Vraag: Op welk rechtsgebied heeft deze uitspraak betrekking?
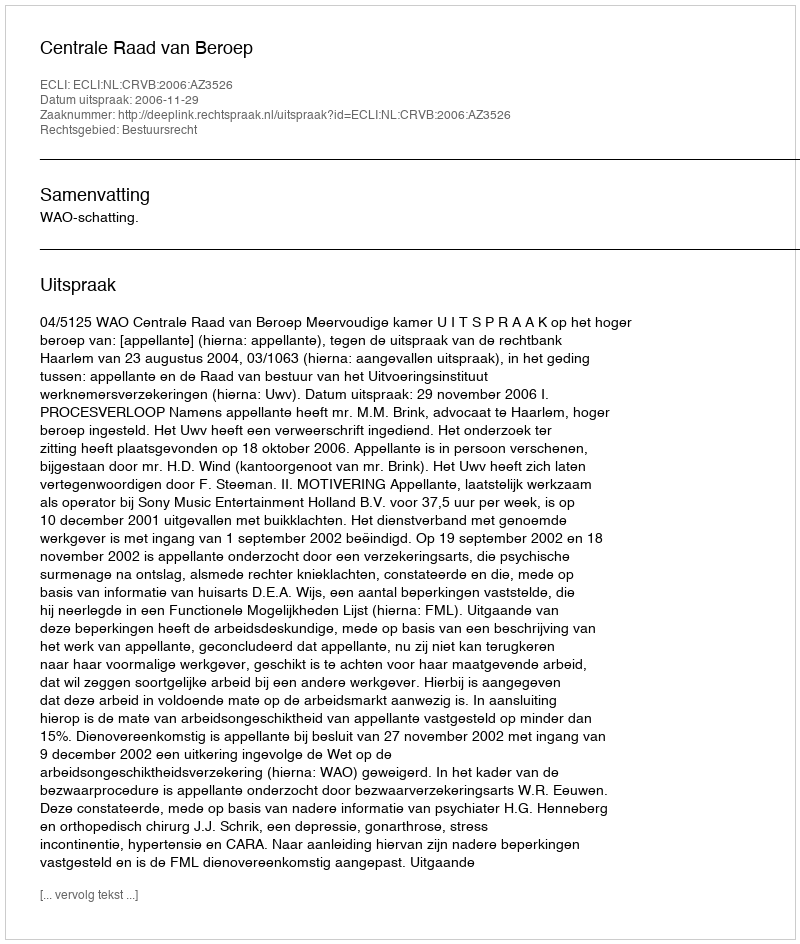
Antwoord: Bestuursrecht